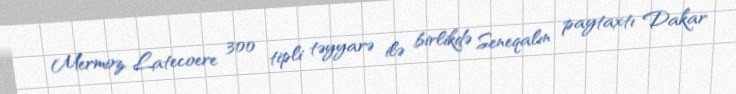
Mermoz, Latecoere 300 tipli təyyarə ilə birlikdə Seneqalın paytaxtı Dakar